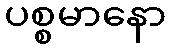
ပစ္စမာနော